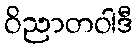
ဝိညာတဝါဒီ